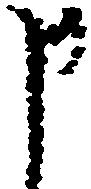
申